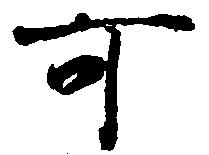
可